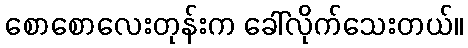
စောစောလေးတုန်းက ခေါ်လိုက်သေးတယ်။